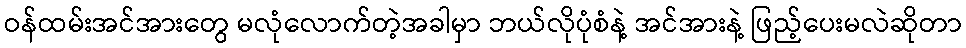
ဝန်ထမ်းအင်အားတွေ မလုံလောက်တဲ့အခါမှာ ဘယ်လိုပုံစံနဲ့ အင်အားနဲ့ ဖြည့်ပေးမလဲဆိုတာ